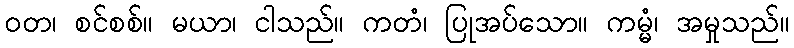
ဝတ၊ စင်စစ်။ မယာ၊ ငါသည်။ ကတံ၊ ပြုအပ်သော။ ကမ္မံ၊ အမှုသည်။